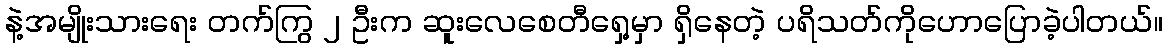
နဲ့အမျိုးသားရေး တက်ကြွ ၂ ဦးက ဆူးလေစေတီရှေ့မှာ ရှိနေတဲ့ ပရိသတ်ကိုဟောပြောခဲ့ပါတယ်။